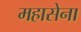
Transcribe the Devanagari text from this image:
महासेना